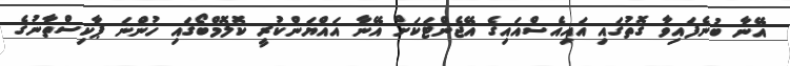
އޭނާ ބުނެފައިވާ ގޮތުގައި އައިއެސްއައިގެ އޭޖެންޓަކަށް އޭނާ އައްޔަންކުރީ ކޮލޮމްބޯގައި ހުންނަ ޕާކިސްތާނުގެ